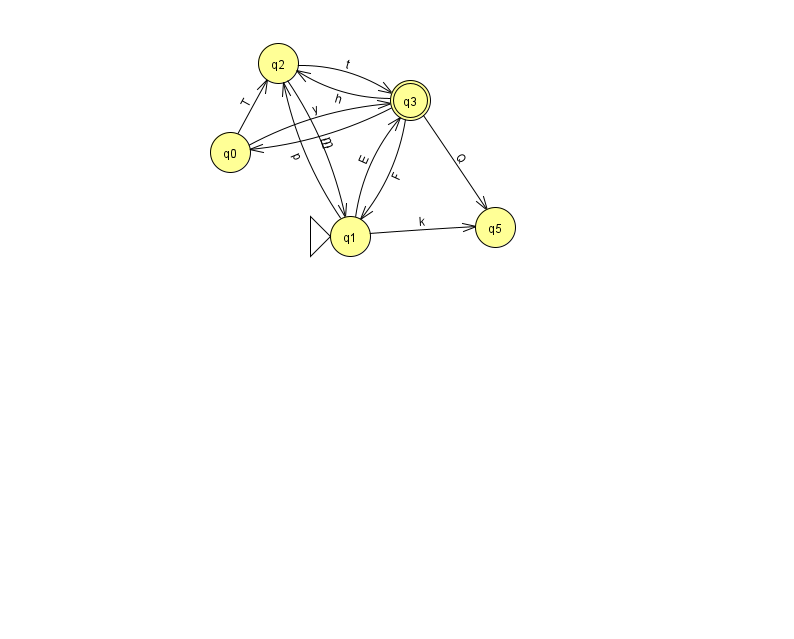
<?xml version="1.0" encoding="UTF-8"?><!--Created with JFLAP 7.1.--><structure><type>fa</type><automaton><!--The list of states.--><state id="0" name="q0"><x>230.0</x><y>139.0</y></state><state id="1" name="q1"><x>350.0</x><y>223.0</y><initial/></state><state id="2" name="q2"><x>278.0</x><y>50.0</y></state><state id="3" name="q3"><x>410.0</x><y>87.0</y><final/></state><state id="5" name="q5"><x>495.0</x><y>214.0</y></state><!--The list of transitions.--><transition><from>3</from><to>2</to><read>h</read></transition><transition><from>1</from><to>5</to><read>k</read></transition><transition><from>3</from><to>0</to><read>E</read></transition><transition><from>1</from><to>2</to><read>p</read></transition><transition><from>3</from><to>5</to><read>Q</read></transition><transition><from>1</from><to>3</to><read>E</read></transition><transition><from>2</from><to>1</to><read>m</read></transition><transition><from>0</from><to>2</to><read>T</read></transition><transition><from>3</from><to>1</to><read>F</read></transition><transition><from>2</from><to>3</to><read>t</read></transition><transition><from>0</from><to>3</to><read>y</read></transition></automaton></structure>